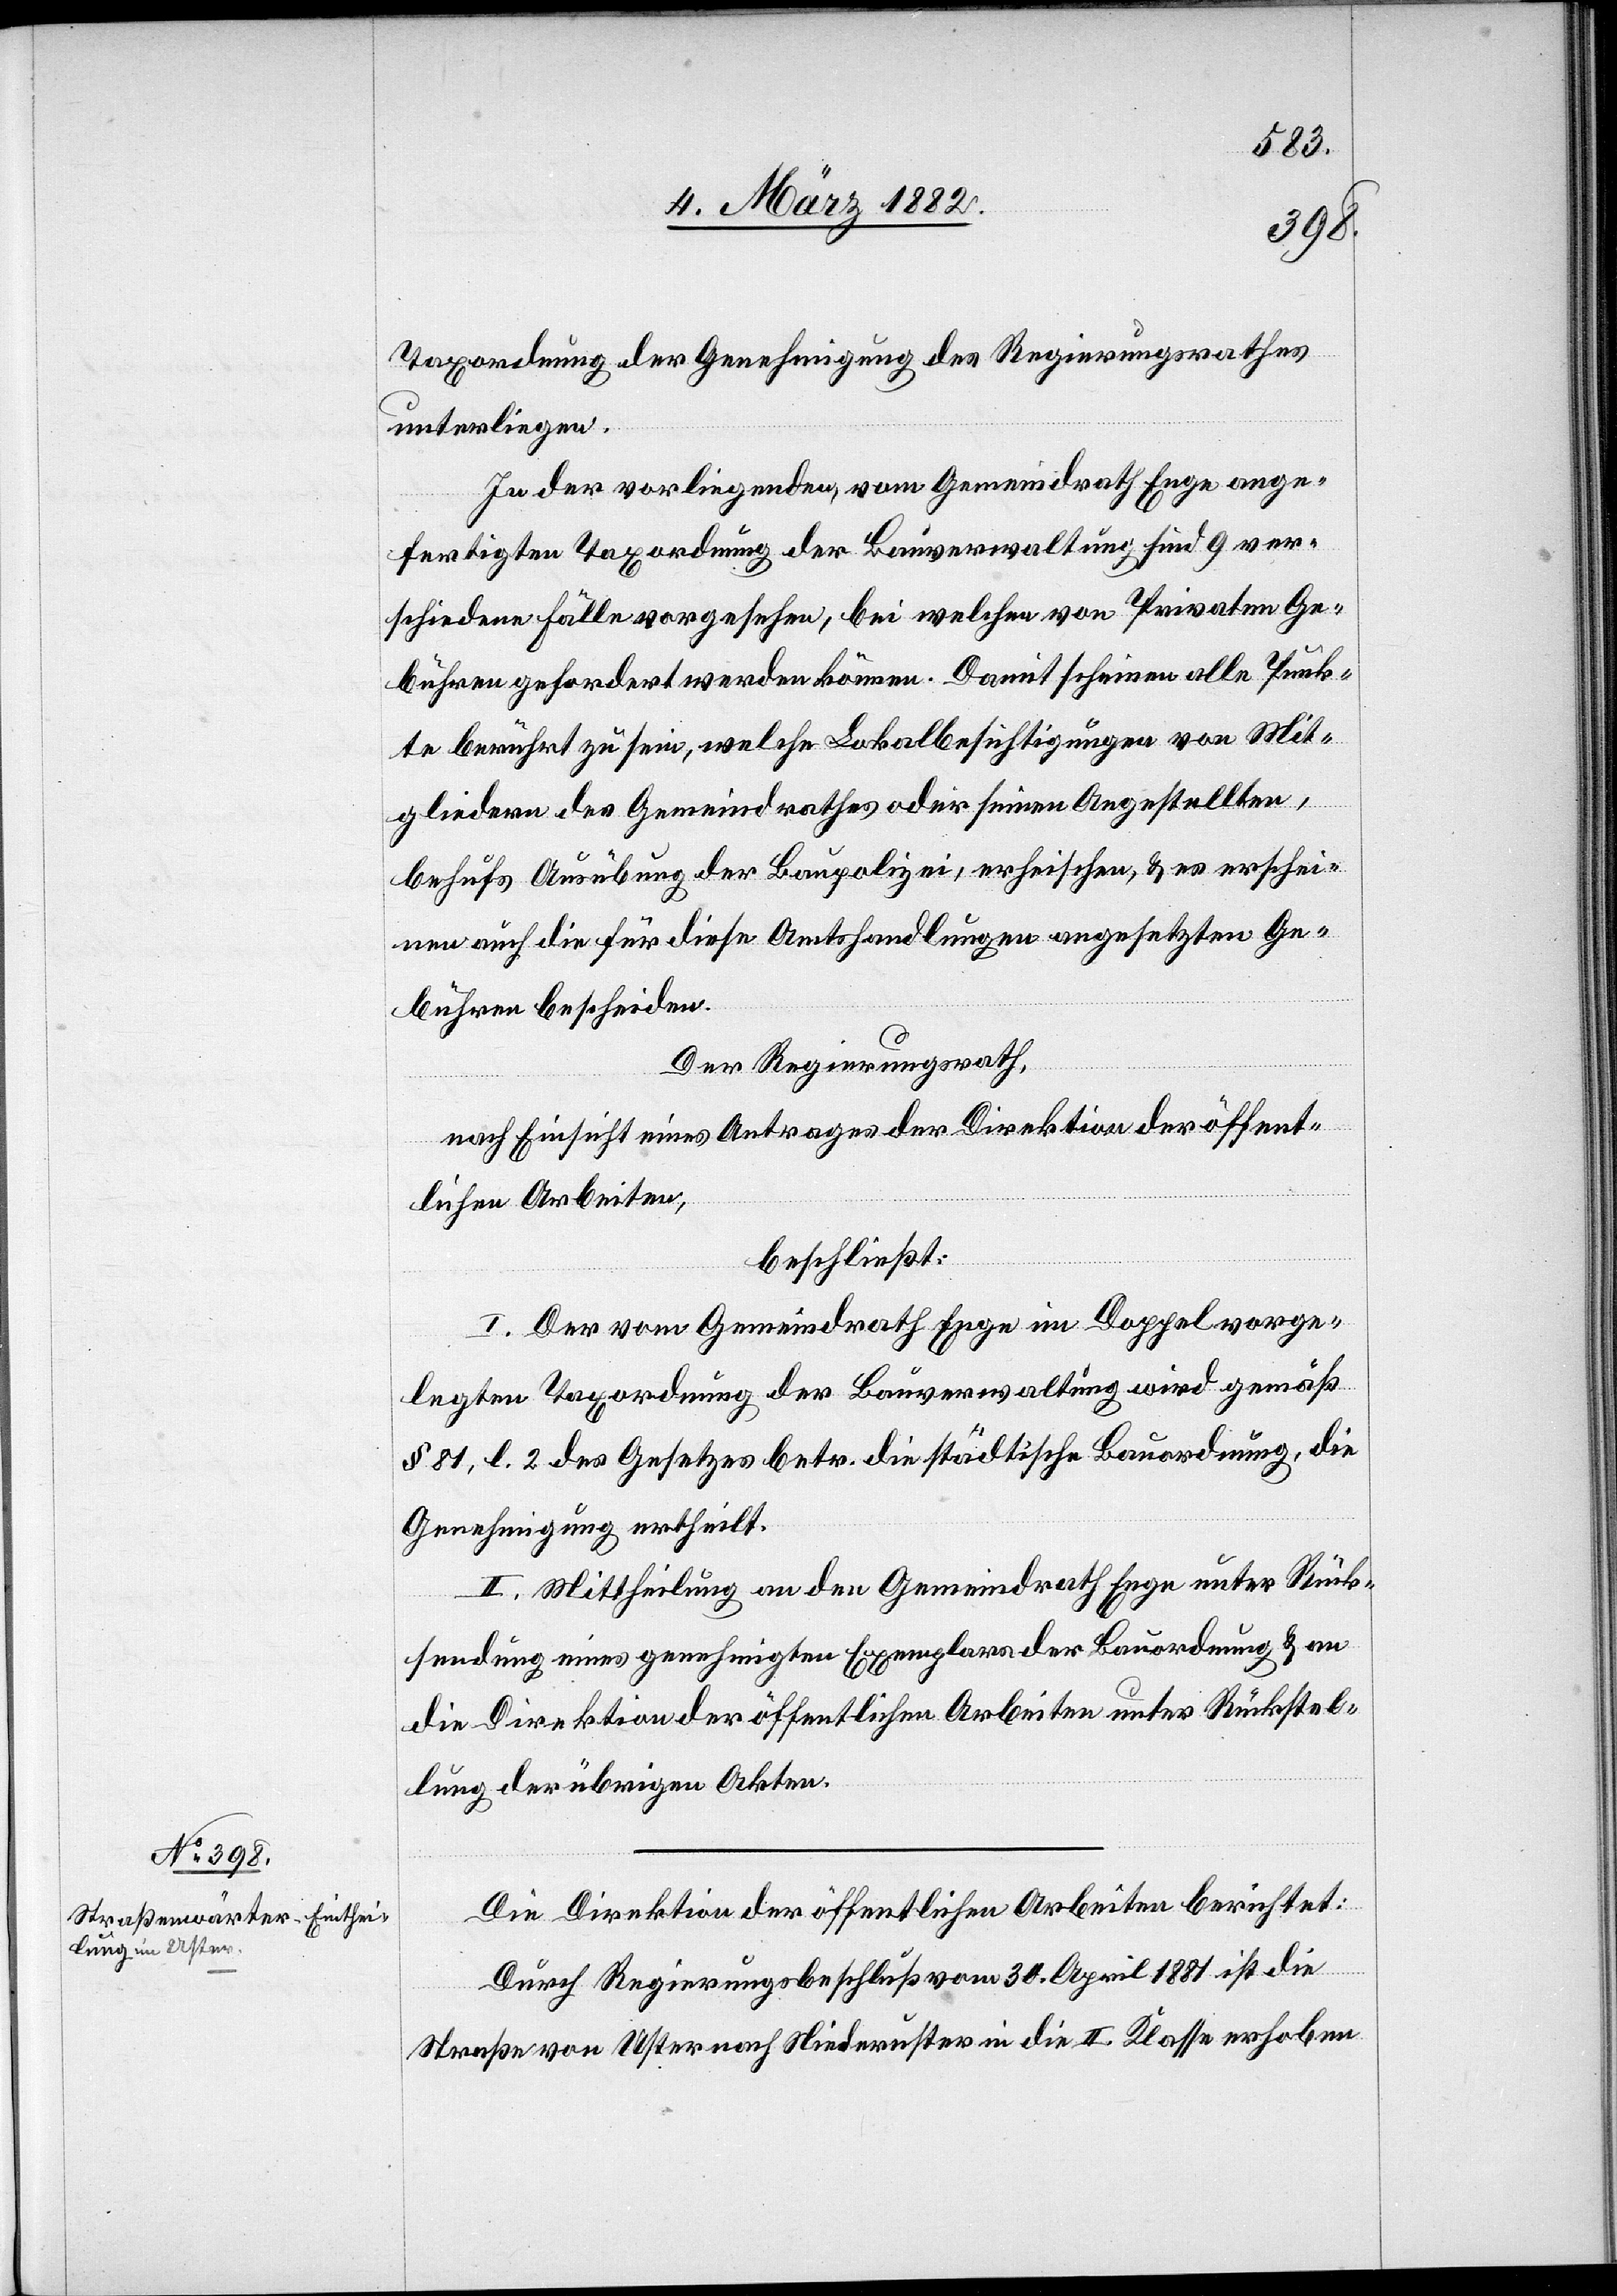
Taxordnung der Genehmigung des Regierungsrathes
unterliegen.
In der vorliegenden, vom Gemeindrath Enge ange¬
fertigten Taxordnung der Bauverwaltung sind 9 ver¬
schiedene Fälle vorgesehen, bei welchen von Privaten Ge¬
bühren gefordert werden können. Damit scheinen alle Punk¬
te berührt zu sein, welche Lokalbesichtigungen von Mit¬
gliedern des Gemeindrathes oder seinen Angestellten,
behufs Ausübung der Baupolizei, erscheinen, & es erschei¬
ne auch die für diese Amtshandlung angesetzten Ge¬
bühren bescheiden.
Der Regierungsrath,
nach Einsicht eines Antrages der Direktion der öffent¬
lichen Arbeiten,
beschließt:
I. Der vom Gemeindrath Enge im Doppel vorge¬
legten Taxordnung der Bauverwaltung wird gemäß
§ 81, l. 2 des Gesetzes betr. die städtische Bauordnung, die
Genehmigung ertheilt.
II. Mittheilung an den Gemeindrath Enge unter Rück¬
sendung eines genehmigten Exemplars der Bauordnung & an
die Direktion der öffentlichen Arbeiten unter Rückstel¬
lung der übrigen Akten.
Die Direktion der öffentlichen Arbeiten berichtet:
Durch Regierungsbeschluß vom 30. April 1881 ist die
Straße von Uster nach Niederuster in die II. Klasse erhoben